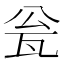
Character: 瓮